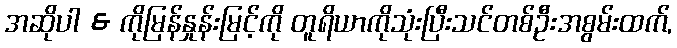
အဆိုပါ & ကိုမြန်နှုန်းမြင့်ကို တူရိယာကိုသုံးပြီးသင်တစ်ဦးအစွမ်းထက်,